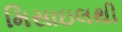
મિસાઇલથી